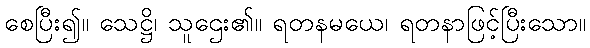
စေပြီး၍။ သေဋ္ဌိ၊ သူဌေး၏။ ရတနမယေ၊ ရတနာဖြင့်ပြီးသော။